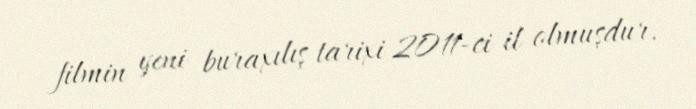
filmin yeni buraxılış tarixi 2011-ci il olmuşdur.